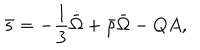
LaTeX: \bar { s } = - \frac { 1 } { 3 } \dot { \bar { \Omega } } + \dot { \bar { \rho } } \bar { \Omega } - Q A ,